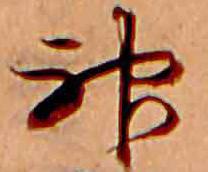
神